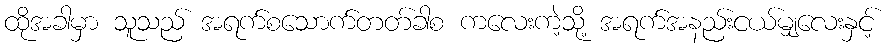
ထိုအခါမှာ သူသည် အရက်စသောက်တတ်ခါစ ကလေးကဲ့သို့ အရက်အနည်းငယ်မျှလေးနှင့်